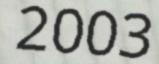
2003